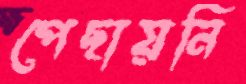
পেছায়নি